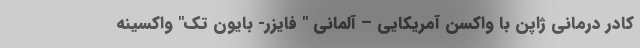
کادر درمانی ژاپن با واکسن آمریکایی – آلمانی " فایزر- بایون تک" واکسینه